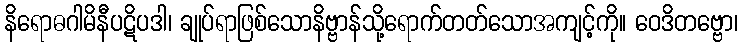
နိရောဓဂါမိနီပဋိပဒါ၊ ချုပ်ရာဖြစ်သောနိဗ္ဗာန်သို့ရောက်တတ်သောအကျင့်ကို။ ဝေဒိတဗ္ဗော၊